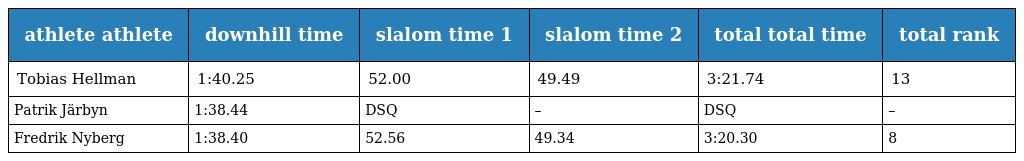
| athlete athlete | downhill time | slalom time 1 | slalom time 2 | total total time | total rank |
 | --- | --- | --- | --- | --- | --- |
 | Tobias Hellman | 1:40.25 | 52.00 | 49.49 | 3:21.74 | 13 |
 | Patrik Järbyn | 1:38.44 | DSQ | – | DSQ | – |
 | Fredrik Nyberg | 1:38.40 | 52.56 | 49.34 | 3:20.30 | 8 |